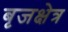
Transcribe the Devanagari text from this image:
बृजक्षेत्र